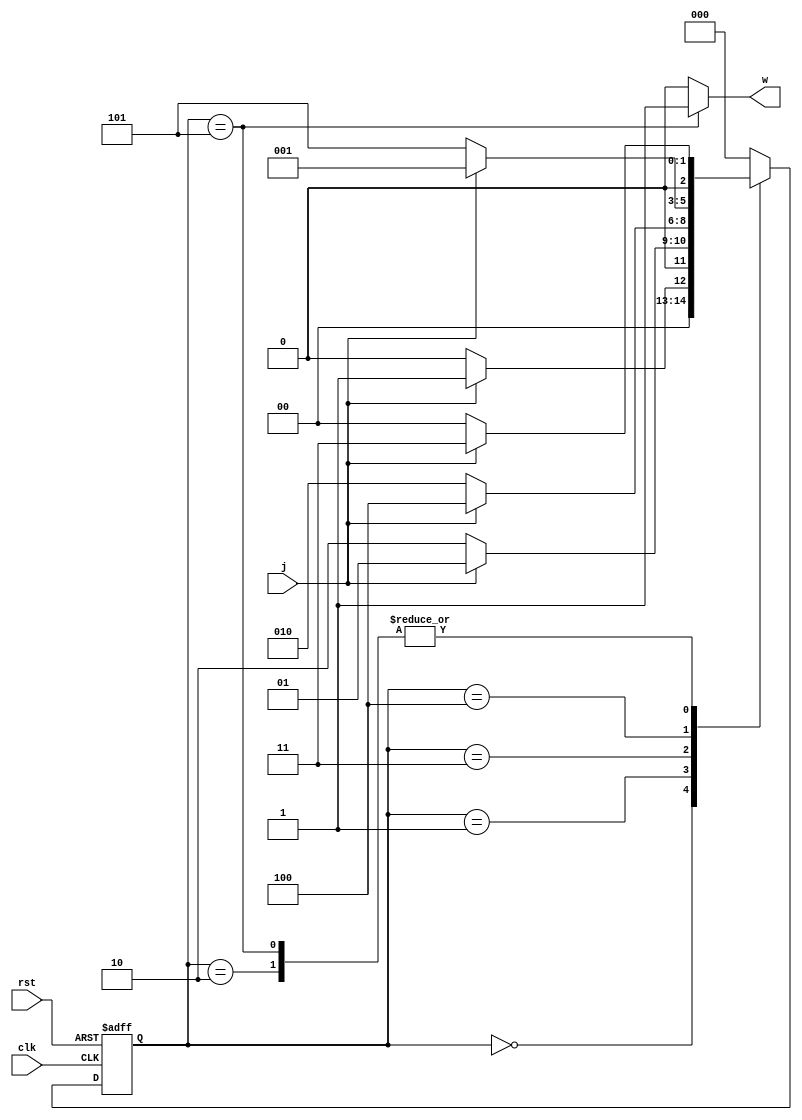
`timescale 1ns/1ns
module moore10110(input clk,rst,j, output w);
	reg [2:0] pstate,nstate;
	parameter A=3'b000,B=3'b001,C=3'b010,D=3'b011,E=3'b100,F=3'b101;
	always@(pstate,j) begin
		nstate = 3'b000;
			case(pstate)
				A : nstate= j ? B : A;
				B : nstate= j ? B : C;
				C : nstate= j ? D : A;
				D : nstate= j ? E : C;
				E : nstate= j ? B : F;
				F : nstate= j ? D : A;
				default: nstate=A;
			endcase
	end
	assign w= (pstate==F) ? 1'b1 : 1'b0;
	always@(posedge clk,posedge rst) begin
		if (rst)
			pstate <= A;
		else
			pstate <= nstate;
	end
endmodule